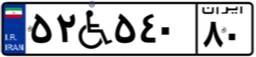
۵۲W۵۴۰۸۰